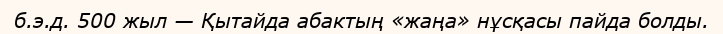
б.э.д. 500 жыл — Қытайда абактың «жаңа» нұсқасы пайда болды.